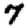
Digit: 7